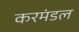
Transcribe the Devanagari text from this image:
करमंडल